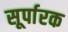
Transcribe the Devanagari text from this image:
सूर्पारक